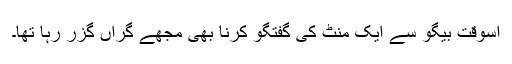
اسوقت بیگو سے ایک منٹ کی گفتگو کرنا بھی مجھے گراں گزر رہا تھا۔